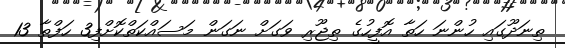
ތިނަދޫގައި ހުންނަ ހަތާ އޮފީހުގެ ތިޖޫރި ވަގަށް ނަގަން މަސައްކަތްކޮށްފި3 ހަފްތާ 13